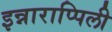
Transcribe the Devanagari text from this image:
इन्नाराप्पिली